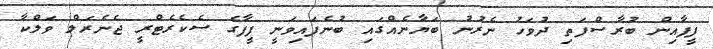
ފީފާއިން ބުރާސްފަތި ދުވަހު ނެރުނު ބަޔާނެއްގައި ބުނެފައިވަނީ ފީފާގެ ސެކެރެޓްރީ ޖެނެރަލް ވަލްކާ